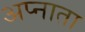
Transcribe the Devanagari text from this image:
अप्नाता